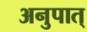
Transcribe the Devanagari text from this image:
अनुपात्